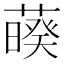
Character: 𦿡